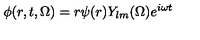
\phi ( r , t , \Omega ) = r \psi ( r ) Y _ { l m } ( \Omega ) e ^ { i \omega t }